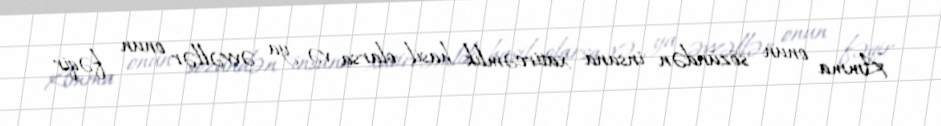
Amma onun sözündən insana xatircəmlik hasil olarsa və ya əvvəllər onun fəqir